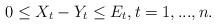
LaTeX: \begin{align*}0 \leq X_t-Y_t\leq E_t, t=1,...,n.\end{align*}